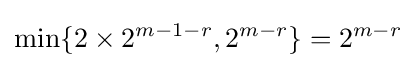
\min\{2\times 2^{m-1-r},2^{m-r}\}=2^{m-r}